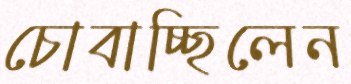
চোবাচ্ছিলেন